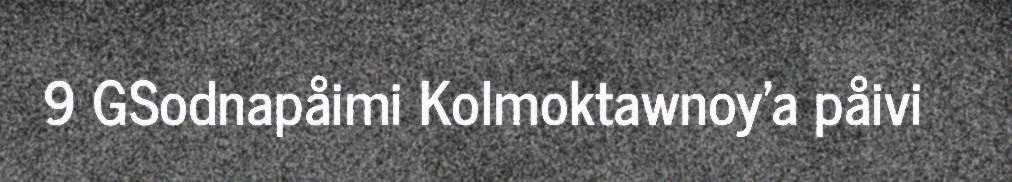
9 GSodnapåimi Kolmoktawnoy'a påivi